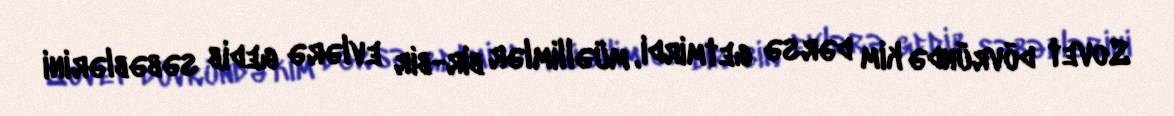
Sovet dövründə kim dərsə getmirdi, müəllimlər bir-bir evlərə gedib səbəblərini